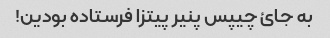
به جائ چیپس پنیر پیتزا فرستاده بودین!